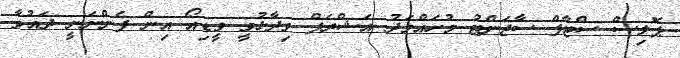
ޕޮލިސް ސްޓާފް ސާޖަންޓު މުހައްމަދު އަޝްރަފް ވިދާޅުވީ ވީޑިއޯ އިން ފެންނަނީ ދައުވާ